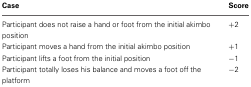
| Case | Score |
 | --- | --- |
 | Participant does not raise a hand or foot from the initial akimbo position | +2 |
 | Participant moves a hand from the initial akimbo position | +1 |
 | Participant lifts a foot from the initial position | −1 |
 | Participant totally loses his balance and moves a foot off the platform | −2 |